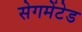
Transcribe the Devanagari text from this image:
सेगमेंटेड